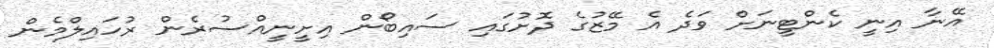
އޭނާ އިނީ ކެންޓީނަށް ވަދެ އެ މޭޒުގެ ދޮށުގައި ސައިބޯން އިށީނީއްސުރެން ރުހައިލްމެން